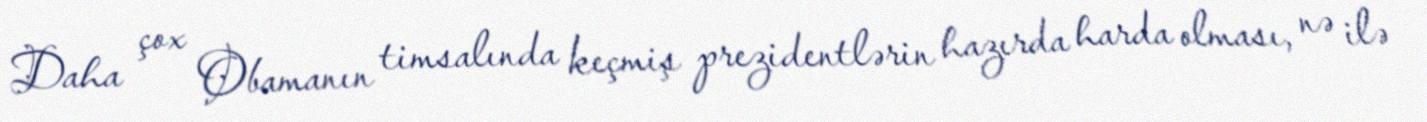
Daha çox Obamanın timsalında keçmiş prezidentlərin hazırda harda olması, nə ilə